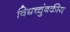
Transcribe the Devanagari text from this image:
विद्यच्चुंबकीय